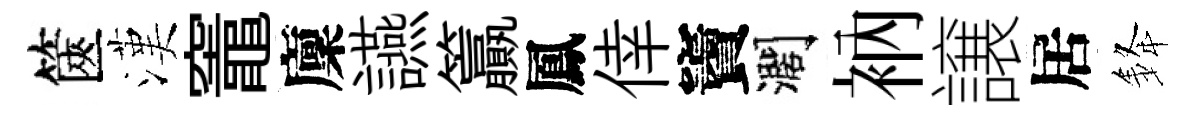
篋漢竈廩讌籯鳳倖竇濶衲譲居𨦟